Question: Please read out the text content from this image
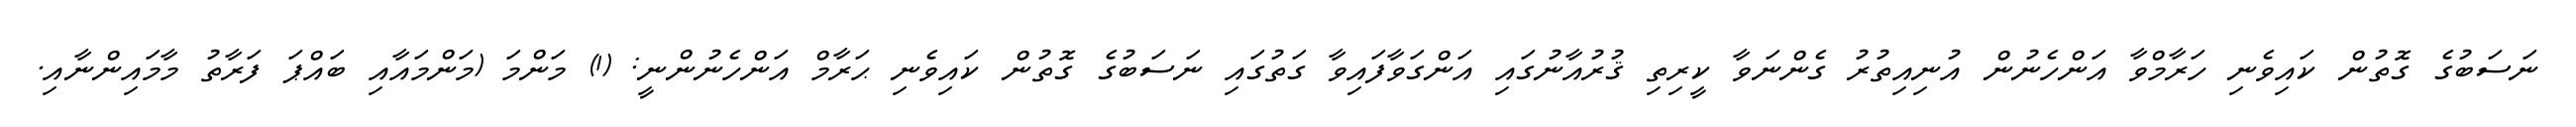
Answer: ނަސަބުގެ ގޮތުން ކައިވެނި ހަރާމްވާ އަންހެނުން އުނިއިތުރު ގެންނަވާ ކީރިތި ޤުރުއާނުގައި އަންގަވާފައިވާ ގަތުގައި ނަސަބުގެ ގޮތުން ކައިވެނި ޙަރާމް އަންހެނުންނީ: (1) މަންމަ (މަންމައާއި ބައްޕަ ފަރާތު މާމައިންނާއި.